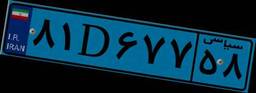
۷۹D۲۱۵۰۹